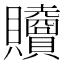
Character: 𧹎